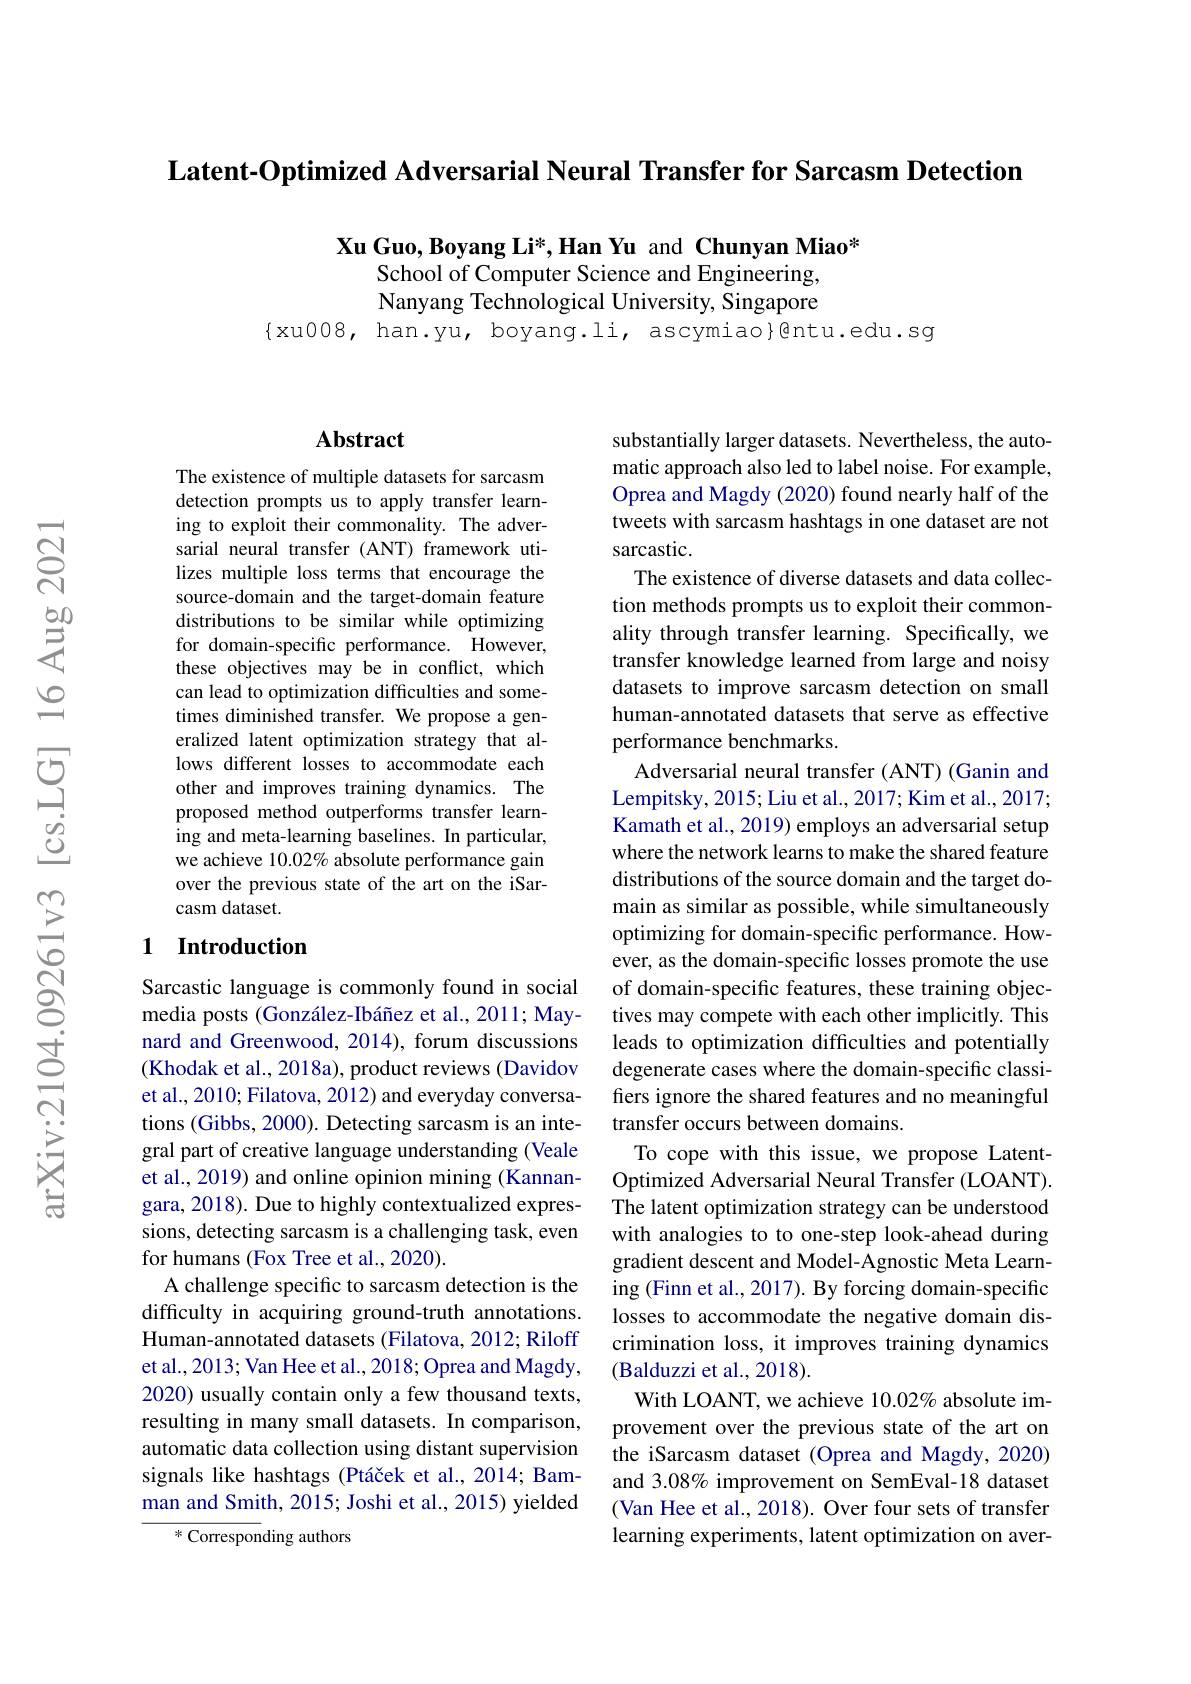
Latent-Optimized Adversarial Neural Transfer for Sarcasm Detection

Xu Guo, Boyang Li*, Han Yu and Chunyan Miao*
School of Computer Science and Engineering, Nanyang Technological University, Singapore
$\{$xu008, han.yu, boyang.li, ascymiao}@ntu.edu.sg

## Abstract

The existence of multiple datasets for sarcasm detection prompts us to apply transfer learning to exploit their commonality. The adversarial neural transfer (ANT) framework utilizes multiple loss terms that encourage the source-domain and the target-domain feature distributions to be similar while optimizing for domain-specific performance. However, these objectives may be in conflict, which can lead to optimization difficulties and sometimes diminished transfer. We propose a generalized latent optimization strategy that allows different losses to accommodate each other and improves training dynamics. The proposed method outperforms transfer learning and meta-learning baselines. In particular, we achieve 10.02% absolute performance gain over the previous state of the art on the iSarcasm dataset.

## 1 Introduction

Sarcastic language is commonly found in social media posts (González-Ibáñez et al., 2011; Maynard and Greenwood, 2014), forum discussions (Khodak et al., 2018a), product reviews (Davidov et al., 2010; Filatova, 2012) and everyday conversations (Gibbs, 2000). Detecting sarcasm is an integral part of creative language understanding (Veale et al., 2019) and online opinion mining (Kannangara, 2018). Due to highly contextualized expressions, detecting sarcasm is a challenging task, even for humans (Fox Tree et al., 2020).
A challenge specific to sarcasm detection is the difficulty in acquiring ground-truth annotations. Human-annotated datasets (Filatova, 2012; Riloff et al., 2013; Van Hee et al., 2018; Oprea and Magdy, 2020) usually contain only a few thousand texts, resulting in many small datasets. In comparison, automatic data collection using distant supervision signals like hashtags (Ptáček et al., 2014; Bamman and Smith, 2015; Joshi et al., 2015) yielded
$*{\mathrm{~Correspon}}$ding authors

substantially larger datasets. Nevertheless, the automatic approach also led to label noise. For example, Oprea and Magdy (2020) found nearly half of the tweets with sarcasm hashtags in one dataset are not sarcastic.
The existence of diverse datasets and data collection methods prompts us to exploit their commonality through transfer learning. Specifically, we transfer knowledge learned from large and noisy datasets to improve sarcasm detection on small human-annotated datasets that serve as effective performance benchmarks.
Adversarial neural transfer (ANT) (Ganin and Lempitsky, 2015; Liu et al., 2017; Kim et al., 2017; Kamath et al., 2019) employs an adversarial setup where the network learns to make the shared feature distributions of the source domain and the target domain as similar as possible, while simultaneously optimizing for domain-specific performance. However, as the domain-specific losses promote the use of domain-specific features, these training objectives may compete with each other implicitly. This leads to optimization difficulties and potentially degenerate cases where the domain-specific classifiers ignore the shared features and no meaningful transfer occurs between domains.
To cope with this issue, we propose LatentOptimized Adversarial Neural Transfer (LOANT). The latent optimization strategy can be understood with analogies to to one-step look-ahead during gradient descent and Model-Agnostic Meta Learning (Finn et al., 2017). By forcing domain-specific losses to accommodate the negative domain discrimination loss, it improves training dynamics (Balduzzi et al., 2018).
With LOANT, we achieve $10.02\%$ absolute improvement over the previous state of the art on the iSarcasm dataset (Oprea and Magdy, 2020) and 3.08% improvement on SemEval-18 dataset (Van Hee et al., 2018). Over four sets of transfer learning experiments, latent optimization on aver-